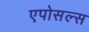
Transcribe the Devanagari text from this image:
एपोसल्स